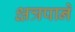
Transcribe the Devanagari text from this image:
क्षत्रपाने